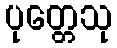
ပုတ္တေသု